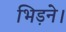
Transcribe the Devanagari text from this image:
भिड़ने।